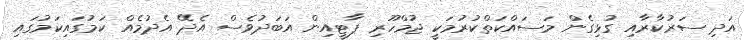
އަދި ސަރުކާރާއި ގުޅިގެން މަސައްކަތްކުރުމަކީ ޖުމްހޫރި ޕާޓީއިން އަބަދުވެސް އެދޭ އެދުމެއް ކަމުގައިކަމުގައި